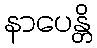
နာပေန္တိ